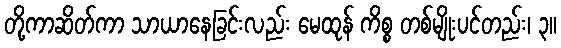
တို့ကာဆိတ်ကာ သာယာနေခြင်းလည်း မေထုန် ကိစ္စ တစ်မျိုးပင်တည်း၊ ၃။